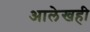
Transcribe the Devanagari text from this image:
आलेखही